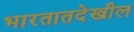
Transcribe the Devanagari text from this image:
भारतातदेखील